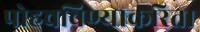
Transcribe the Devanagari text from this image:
पोहचविण्याकरिता